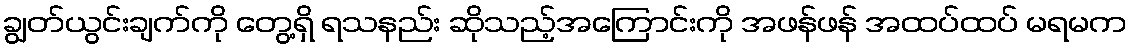
ချွတ်ယွင်းချက်ကို တွေ့ရှိ ရသနည်း ဆိုသည့်အကြောင်းကို အဖန်ဖန် အထပ်ထပ် မရမက